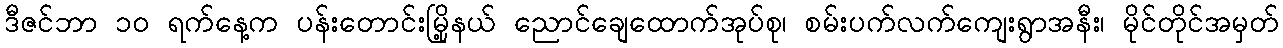
ဒီဇင်ဘာ ၁၀ ရက်နေ့က ပန်းတောင်းမြို့နယ် ညောင်ချေထောက်အုပ်စု၊ စမ်းပက်လက်ကျေးရွာအနီး၊ မိုင်တိုင်အမှတ်